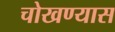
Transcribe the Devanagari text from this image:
चोखण्यास